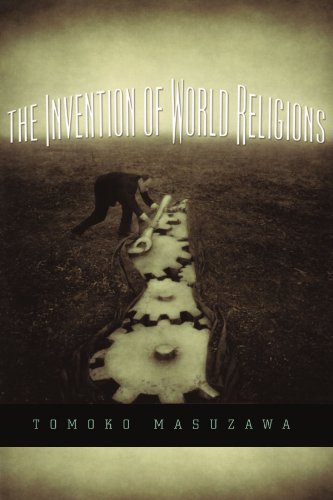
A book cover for The Invention of World Religions: Or, How European Universalism Was Preserved in the Language of Pluralism; Tomoko Masuzawa; Religion & Spirituality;